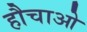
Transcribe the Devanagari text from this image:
हौचाओ